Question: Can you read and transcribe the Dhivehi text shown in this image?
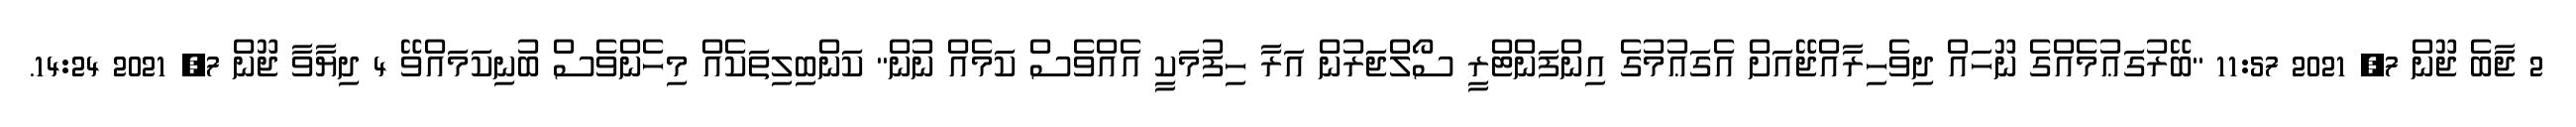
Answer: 2 ޖާބެ ޖޫން 7, 2021 11:57 "ބޭރުގަޢުމެއްގެ ނޫހައް ދިވެހިރާއްޖޭއަށް އެގަޢުމުގެ އިންފަންޓްރީ ސޯލްޖަރުން އަރާ ހިފުމަކީ އެއްވެސް ކަމެއް ނުން" ކަންބިލިތަކެއް މިހެންވެސް ބުނިކަމައްވޭ 4 ދިޔާވާ ޖޫން 7, 2021 14:24.